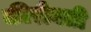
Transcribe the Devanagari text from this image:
कीरीबती